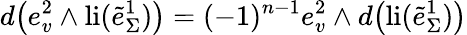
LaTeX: d\big(e_{v}^{2}\wedge\mathrm{li}(\tilde{e}_{\Sigma}^{1})\big)=(-1)^{n-1}e_{v}^{2}\wedge d\big(\mathrm{li}(\tilde{e}_{\Sigma}^{1})\big)